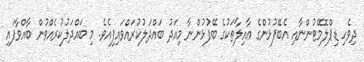
ދިވެހި ޑިޕްލޮމޭޓުންނާއި އެބޭފުޅުންގެ ޢާއިލާތަކުގެ ބޭފުޅުންނާ މިއަދު ބައްދަލުކުރައްވައިފިއެވެ. މި ބައްދަލުކުރެއްވުން ބާއްވާފައި